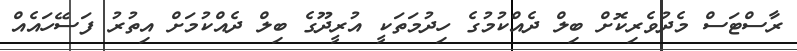
ރާސްޓަސް މެދުވެރިކޮށް ބިލް ދެއްކުމުގެ ހިދުމަތަކީ އުރީދޫގެ ބިލް ދެއްކުމަށް އިތުރު ފަސޭހައެއް